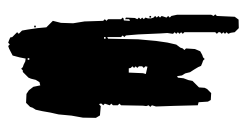
Text: the
Cross-out: scratch
Writing tool: digital_black